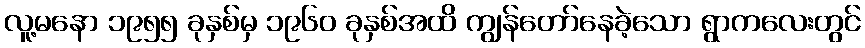
လူ့မနော ၁၉၅၅ ခုနှစ်မှ ၁၉၆၀ ခုနှစ်အထိ ကျွန်တော်နေခဲ့သော ရွာကလေးတွင်